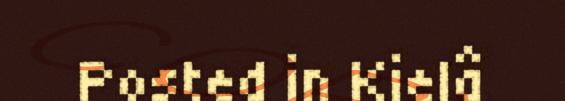
Posted in Kielâ